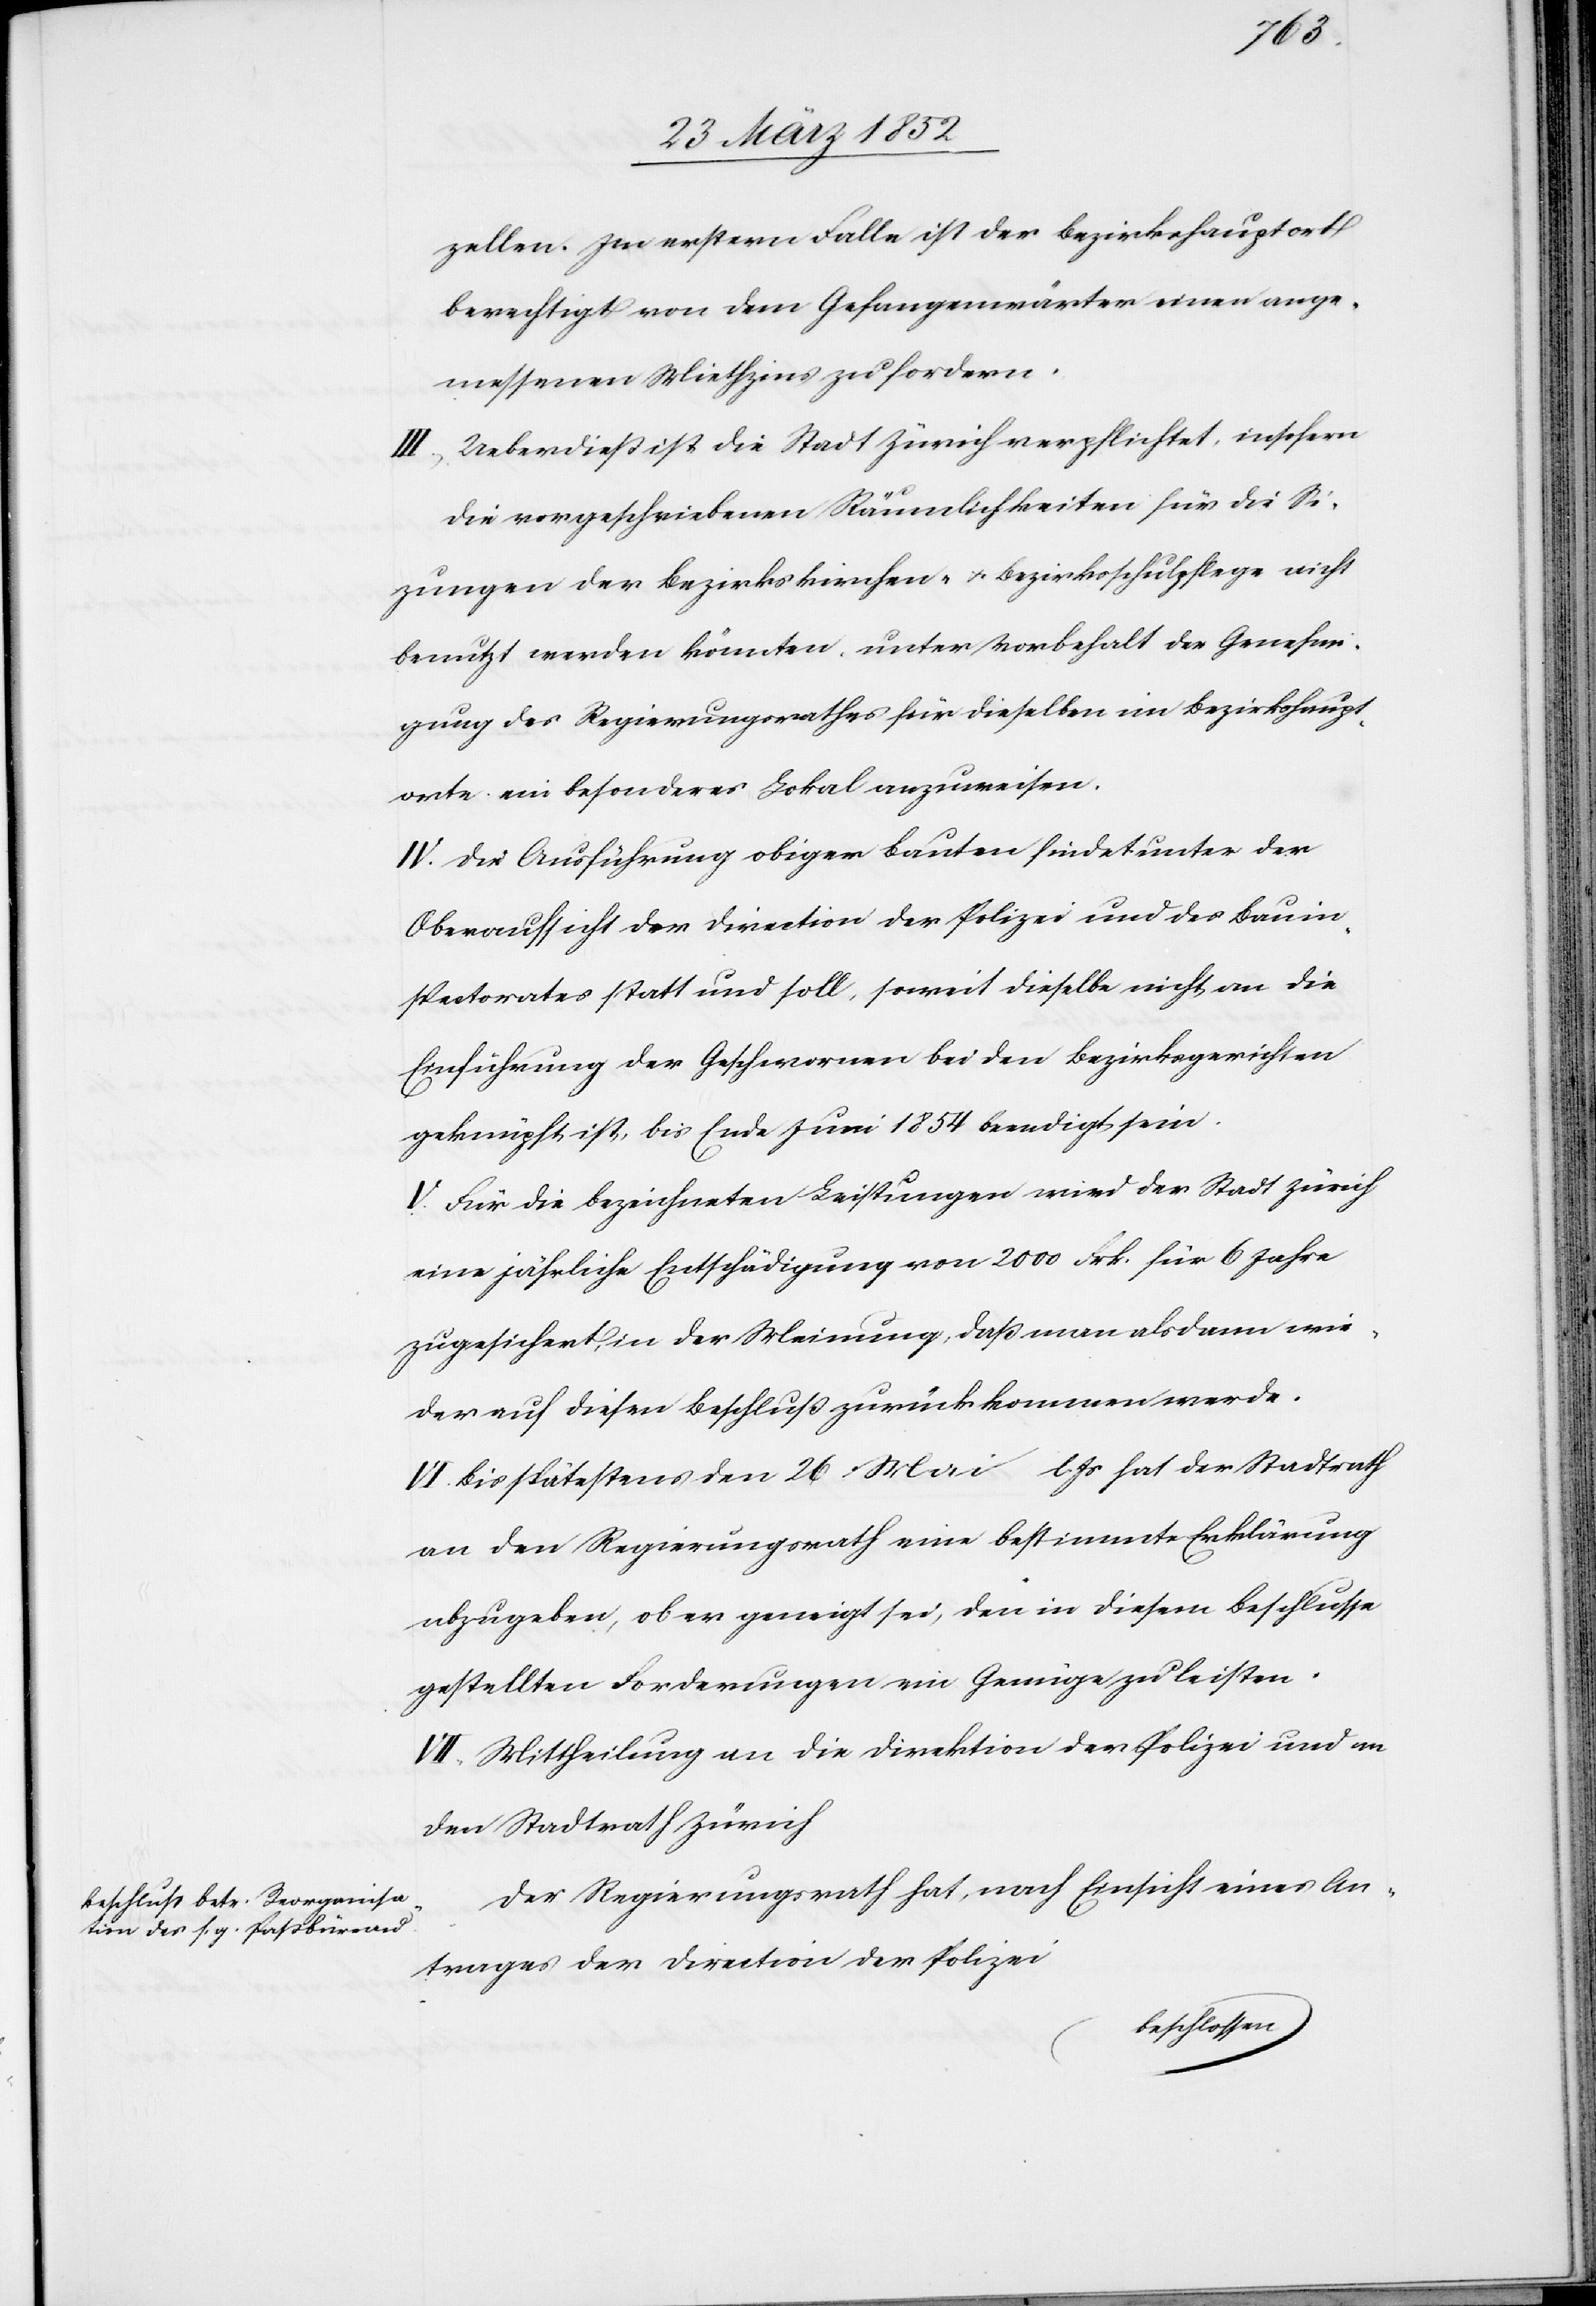
zellen. Im erstern Falle ist der Bezirkshauptort
berechtigt von dem Gefangenwärter einen ange¬
messenen Miethzins zu fordern.
III. Ueberdieß ist die Stadt Zürich verpflichtet, insofern
die vorgeschriebenen Räumlichkeiten für die Si¬
zungen der Bezirkskirchen- u. Bezirksschulpflege nicht
benutzt werden könnten unter Vorbehalt der Genehmi¬
gung des Regierungsrathes für dieselben im Bezirkshaupt¬
orte ein besonderes Lokal anzuweisen.
IV. Die Ausführung obiger Bauten findet unter der
Oberaufsicht der Direction der Polizei und des Bauin¬
spectorates statt und soll, soweit dieselbe nicht an die
Einführung der Geschwornen bei den Bezirksgerichten
geknüpft ist, bis Ende Juni 1852 beendigt sein.
V. Für die bezeichneten Leistungen wird der Stadt Zürich
eine jährliche Entschädigung von 2000 Frk. für 6 Jahre
zugesichert, in der Meinung, daß man alsdann wie¬
der auf diesen Beschluß zurück kommen werde.
VI. Bis spätestens 26 Mai l. Js hat der Stadtrath
an den Regierungsrath eine bestimmte Erklärung
abzugeben, ob er geneigt sei, den in diesem Beschlusse
gestellten Forderungen ein Genüge zu leisten.
VIII. Mittheilung an die Direktion der Polizei und an
den Stadtrath Zürich.
Der Regierungsrath hat, nach Einsicht eines An¬
trages der Direction der Polizei